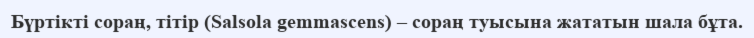
Бүртікті сораң, тітір (Salsola gemmascens) – сораң туысына жататын шала бұта.